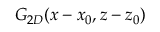
G _ { 2 D } ( x - x _ { 0 } , z - z _ { 0 } )